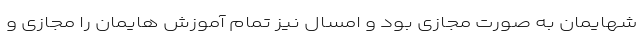
شهایمان به صورت مجازی بود و امسال نیز تمام آموزش هایمان را مجازی و